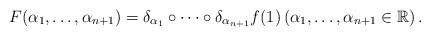
LaTeX: \begin{align*} F(\alpha_{1}, \ldots, \alpha_{n+1})=\delta_{\alpha_{1}}\circ \cdots \circ \delta_{\alpha_{n+1}}f(1) \left(\alpha_{1}, \ldots, \alpha_{n+1}\in \mathbb{R}\right). \end{align*}